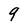
Character: 9